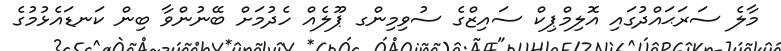
މާލެ ސަރަޙައްދުގައި އޮލިމްޕިކް ސައިޒްގެ ސުވިމިންގ ޕޫލެއް ހެދުމަށް ބޭނުންވާ ބިން ކަނޑައެޅުމުގެ